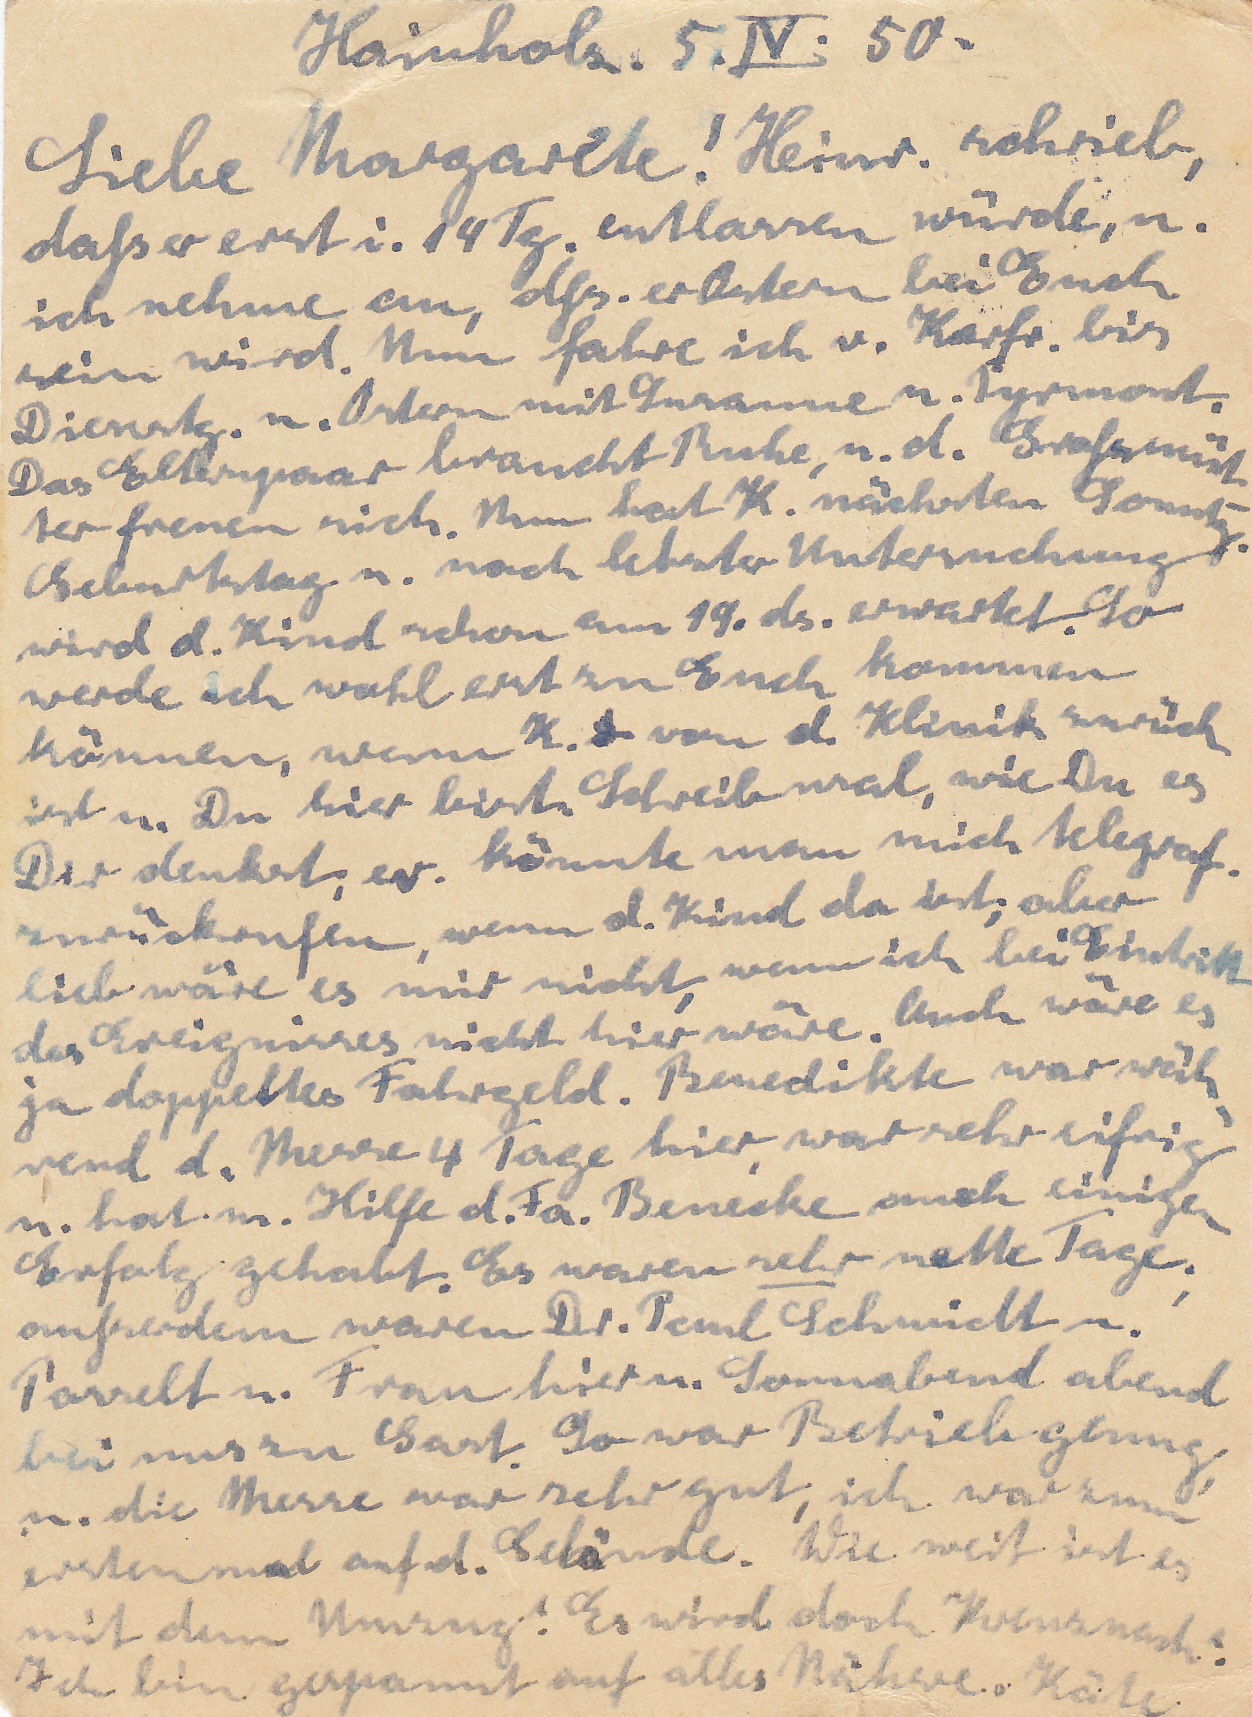
Hainholz. 5. IV. 50
Liebe Margarete! Heinr. schrieb,
daß er erst i. 14 Tg. entlassen würden u.
ich nehme an, dß. er Ostern bei Euch
sein wird. Nun fahre ich v. Karfr. bis
Dienstg. u. Ostern mit Susanne n. Pyrmont.
Das Elternpaar braucht Ruhe, u. d. Großmüt
ter freuen sich. Nun hat K. nächsten Sonnta
Geburtstag u. nach letzter Untersuchung
wird d. Kind schon am 19. ds. erwartet. So
werde ich wohl erst zu Euch kommen
können, wenn K. & von d. Klinik zurück
ist u. Du hier bist. Schreib mal, wie Du es
Dir denkst, ev. könnte man mich telegraf.
zurückrufen, wenn d. Kind da ist; aber
lieb wäre es mir nicht, wenn ich bei Eintritt
des Ereignisses nicht hier wäre. Auch wäre es
ja doppeltes Fahrgeld. Benedikte war wäh
rend d. Messe 4 Tage hier, war sehr eifrig
u. hat m. Hilfe d. Fa. Benecke auch einigen
Erfolg gehabt. Es waren sehr nette Tage.
außerdem waren Dr. Paul Schmidt u.
Posselt u. Frau hier u. Sonnabend abend
bei uns zu Gast. So war Betrieb genug
u. die Messe war sehr gut, ich war zum
erstenmal auf d. Gelände. Wie weit ist es
mit dem Umzug? Es wird doch Kreuznach
Ich bin gespannt auf alles Nähere. Käte